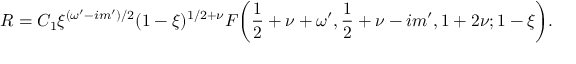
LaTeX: R = C _ { 1 } \xi ^ { ( \omega ^ { \prime } - i m ^ { \prime } ) / 2 } ( 1 - \xi ) ^ { 1 / 2 + \nu } F \bigg ( \frac 1 2 + \nu + \omega ^ { \prime } , \frac 1 2 + \nu - i m ^ { \prime } , 1 + 2 \nu ; 1 - \xi \bigg ) .